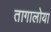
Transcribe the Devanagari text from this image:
तागालोया